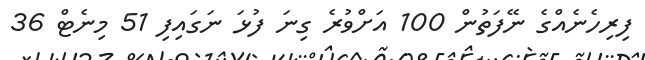
ފިރިހެނެއްގެ ނޭފަތުން 100 އަށްވުރެ ގިނަ ފުޅަ ނަގައިފި 51 މިނެޓް 36